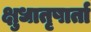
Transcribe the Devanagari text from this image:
क्षुधातृषार्ता